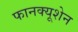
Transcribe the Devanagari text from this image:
फानक्यूशेन